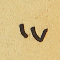
١٧